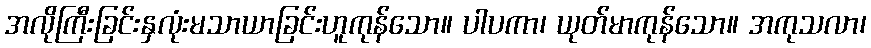
အလိုကြီးခြင်းနှလုံးမသာယာခြင်းဟူကုန်သော။ ပါပကာ၊ ယုတ်မာကုန်သော။ အကုသလာ၊